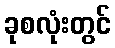
ခုစလုံးတွင်